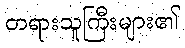
တရားသူကြီးများ၏